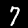
Label: 7